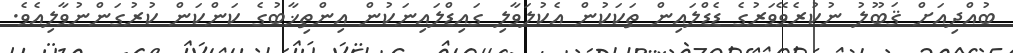
ބުއްދިއަށް ޤަބޫލު ނުކުރެވޭވަރުގެ ޑެޑްލައިން ތަކަކުން އެކުލަވާލި ގައިޑްލައިނަކުން އިންތިޚާބުގެ ކަންކަން ކުރުގަންނުވާލިއެވެ.